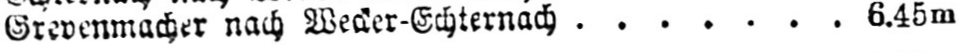
Grevenmacher nach Wecker-Echternach ....... 6.45m